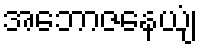
အဘောဇနေယျံ